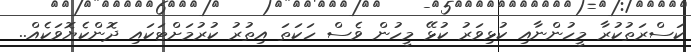
ކަސްރަތުކުރާ މީހުންނާއި ކުޅިވަރު ކުޅޭ މީހުން ވެސް ހަކަތަ އިތުރު ކުރުމަށްޓަކައި ދޮންކެޔޮވަކެއް..